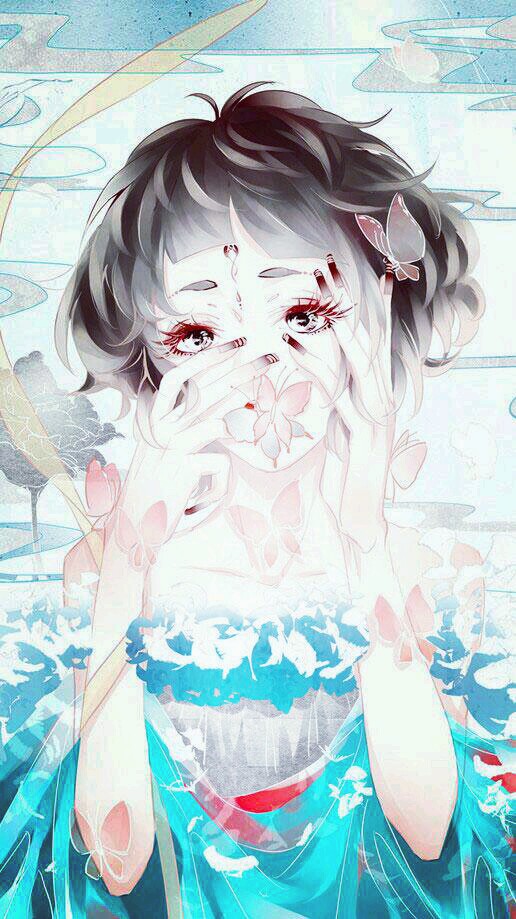
一帘红雨桃花谢，十里清阴柳影斜。